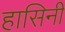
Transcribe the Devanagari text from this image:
हासिनी